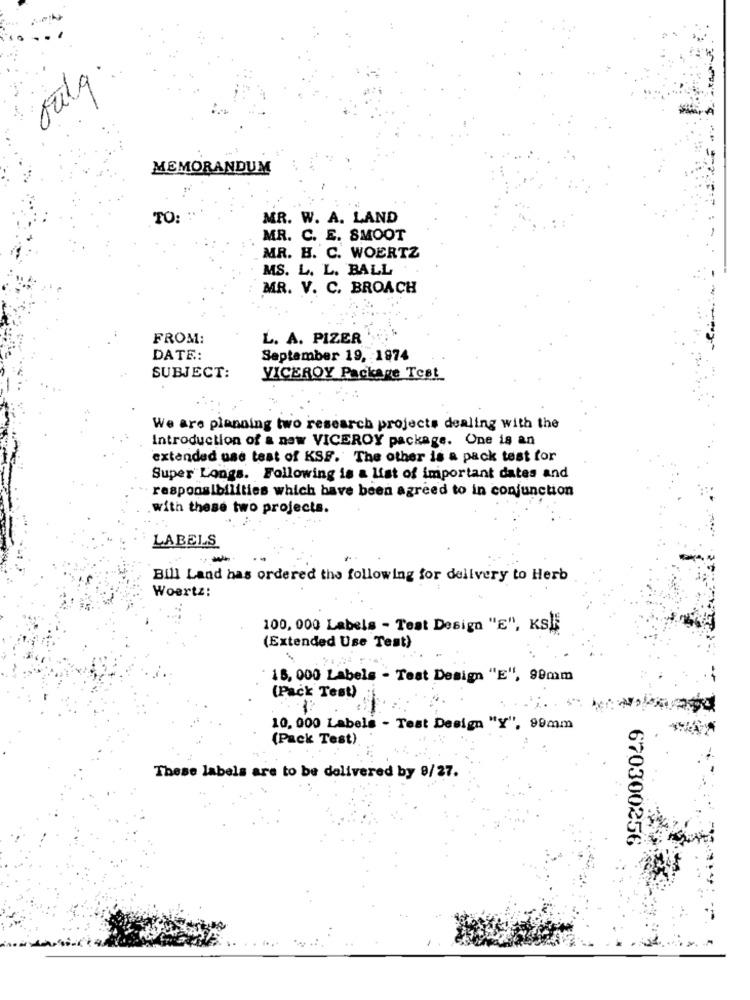
Julq.
MEMORANDUM
TO:
MR. W. A. LAND
MR. C. E. SMOOT
MR. H. C. WOERTZ
MS. L. L. BALL
MR. V. C. BROACH
FROM:
L. A. PIZER
DATE:
September 19, 1974
SUBJECT:
VICEROY Package Test
We are planning two research projects dealing with the
Introduction of a new VICEROY package. One is an
extended use test of KSF. The other is a pack test for
Super Longs. Following is a list of important dates and
responsibilities which have been agreed to in conjunction
.with these two projects.
LABELS
--
Bill Land has ordered the following for delivery to Herb
Woertz:
100, 000 Labels - Teat Design "E", KSK
(Extended Use Test)
15, 000 Labels - Test Design "E", 99mm
(Pack Test)
10, 000 Labels - Test Design "Y", 99mm
(Pack Test)
These labels are to be delivered by 8/27.
670300256